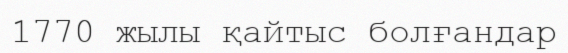
1770 жылы қайтыс болғандар